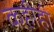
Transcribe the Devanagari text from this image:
कहीही